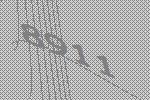
8911